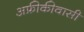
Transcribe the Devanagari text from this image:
अफ्रीकीवासी